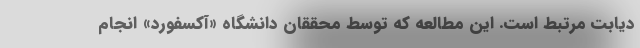
دیابت مرتبط است. این مطالعه که توسط محققان دانشگاه «آکسفورد» انجام